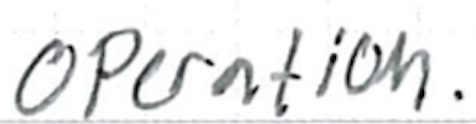
Text: operation.
Cross-out: clean
Writing tool: ballpoint